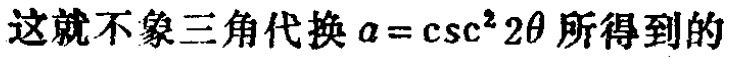
这就不象三角代换\(a = \csc^{2}2\theta\)所得到的